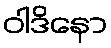
ဝါဒိနော